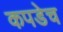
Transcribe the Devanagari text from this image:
कपडेच